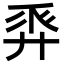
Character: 𢍒